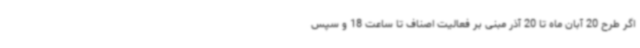
اگر طرح 20 آبان ماه تا 20 آذر مبنی بر فعالیت اصناف تا ساعت 18 و سپس